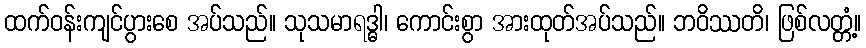
ထက်ဝန်းကျင်ပွားစေ အပ်သည်။ သုသမာရဒ္ဓါ၊ ကောင်းစွာ အားထုတ်အပ်သည်။ ဘဝိဿတိ၊ ဖြစ်လတ္တံ့။